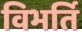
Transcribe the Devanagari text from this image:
विभर्ति